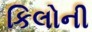
કિલોની